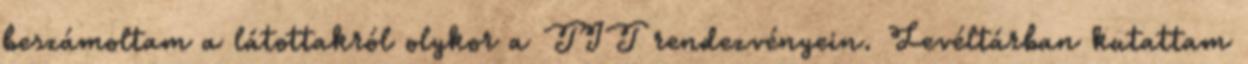
beszámoltam a látottakról olykor a TIT rendezvényein. Levéltárban kutattam